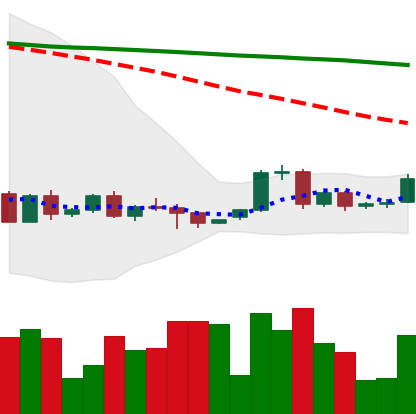
Ticker: BTC-USD
Chart end date: 2022-06-06
Forward return: -9.594%
Label: down_7plus